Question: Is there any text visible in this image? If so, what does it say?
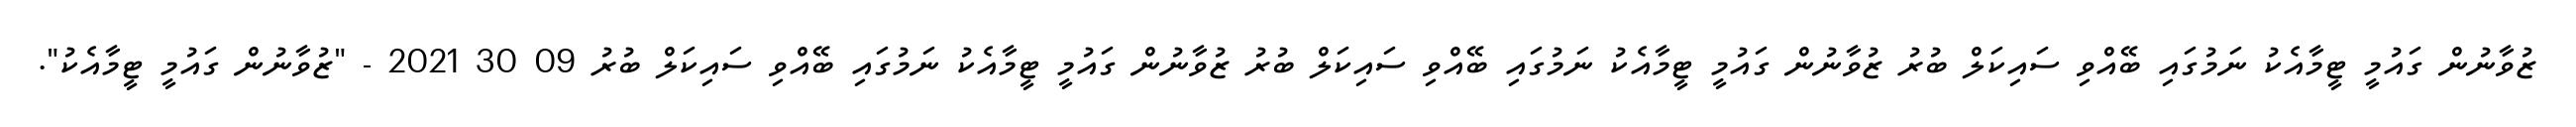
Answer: ޒުވާނުން ގައުމީ ޓީމާއެކު ނަމުގައި ބޭއްވި ސައިކަލް ބުރު ޒުވާނުން ގައުމީ ޓީމާއެކު ނަމުގައި ބޭއްވި ސައިކަލް ބުރު ޒުވާނުން ގައުމީ ޓީމާއެކު ނަމުގައި ބޭއްވި ސައިކަލް ބުރު 09 30 2021 - "ޒުވާނުން ގައުމީ ޓީމާއެކު".